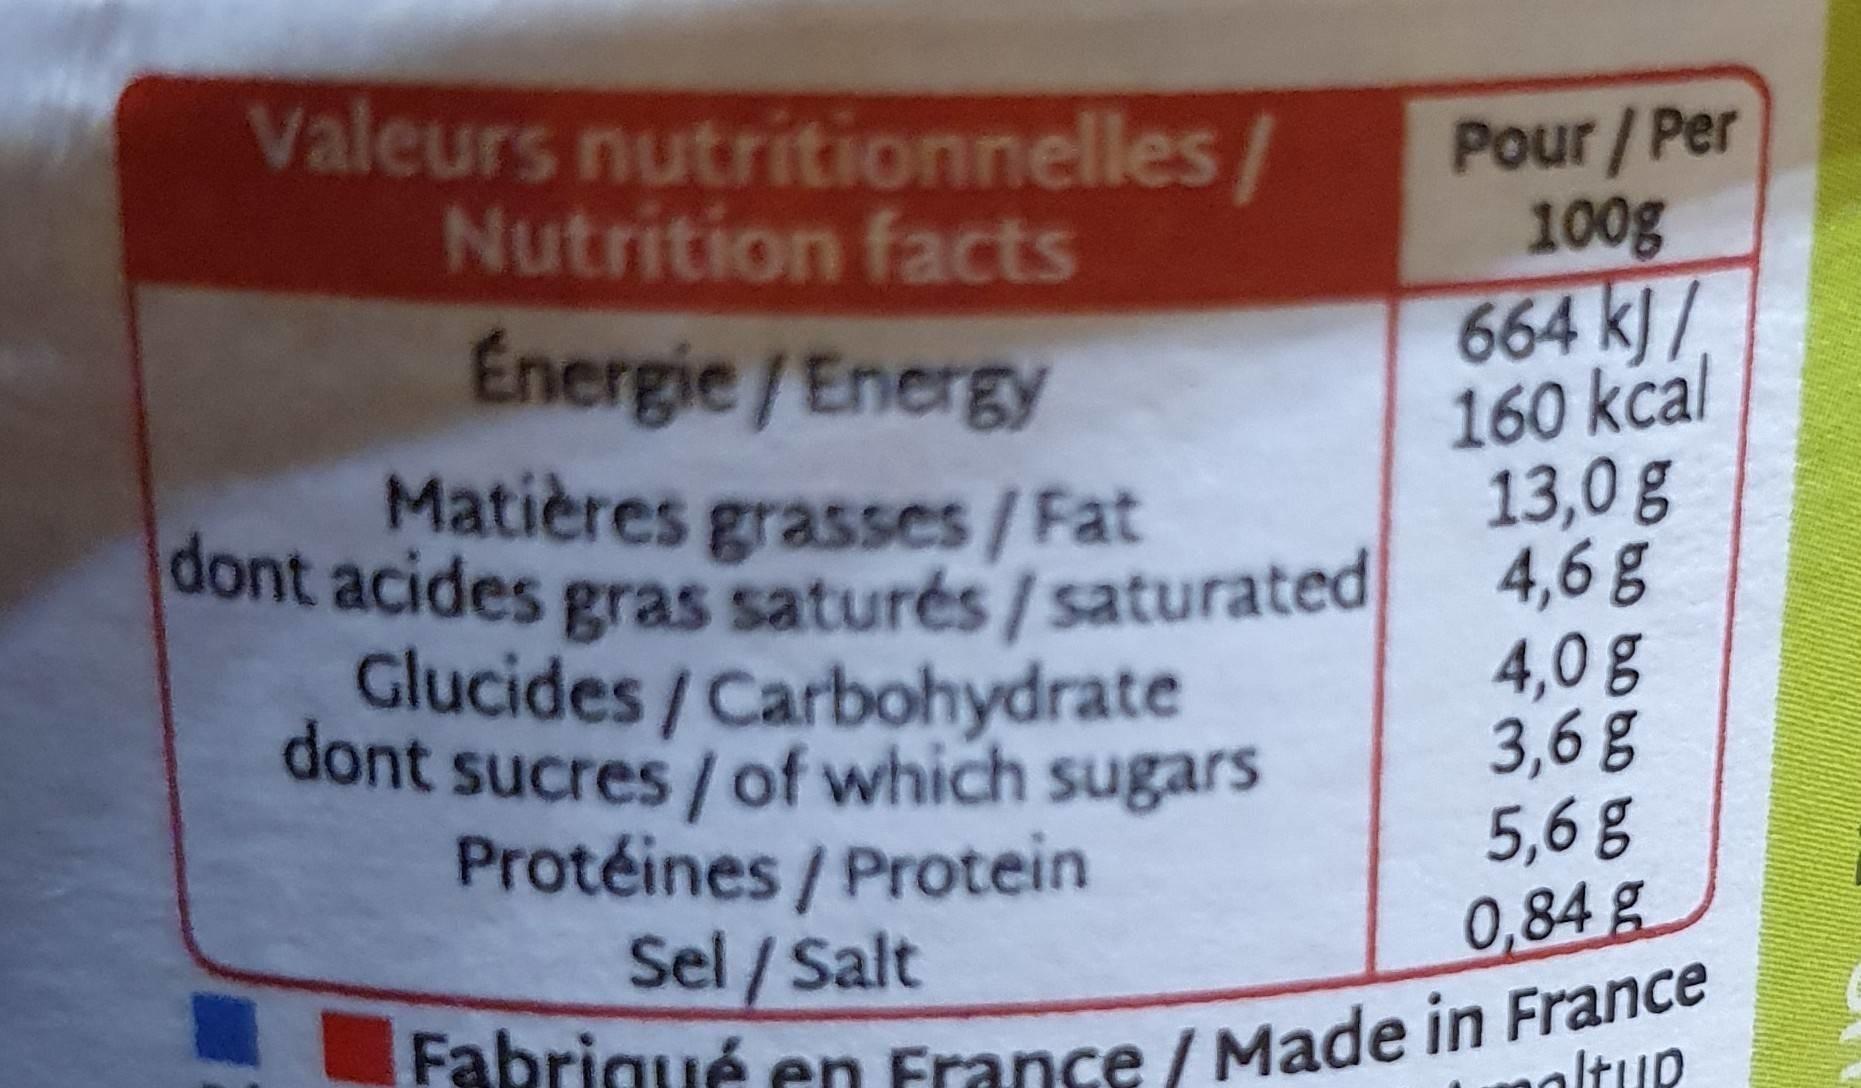
Valeurs nutritionnelles/ Nutrition facts
Energie /Energy Matières grasses/Fat dont acides gras saturés/saturated Glucides / Carbohydrate dont sucres / of which sugars Protéines / Protein Sel / Salt Fabriqué en France / Made in France
Pour / Per 100g 664 kJ/ 160 kcal 13,0 g 4,6 g 4,0 g 3,6 g 5,6 g 0,84 g
oltup